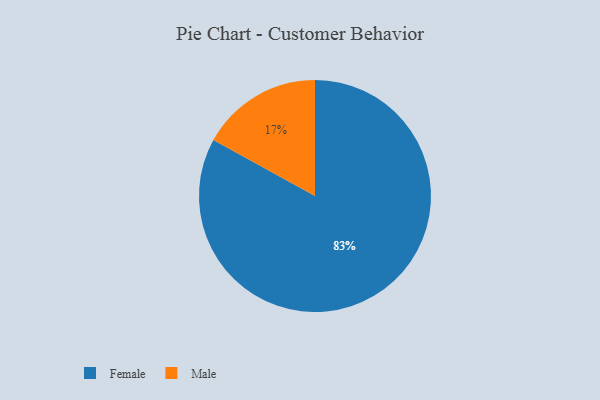
{"axis": {"x": "Category", "y": "Percentage"}, "legend": ["Female", "Male"], "data": [{"x": "Male", "y": 17, "type": "Male"}, {"x": "Female", "y": 83, "type": "Female"}]}